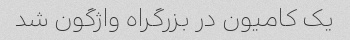
یک کامیون در بزرگراه واژگون شد